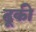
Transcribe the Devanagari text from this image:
ढूकी